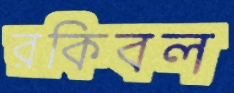
রকিবল